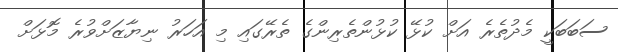
ސަބަބަކީ މެދުތެރެ އަށް ކުޅޭ ކުޅުންތެރިންގެ ތެރޭގައި މި އަހަރު ނިޔާޒަށްވުރެ މޮޅަށް